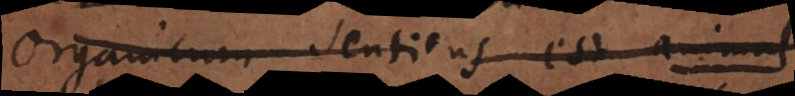
organicum sentiens est animal